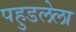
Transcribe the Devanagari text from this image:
पहुडलेला